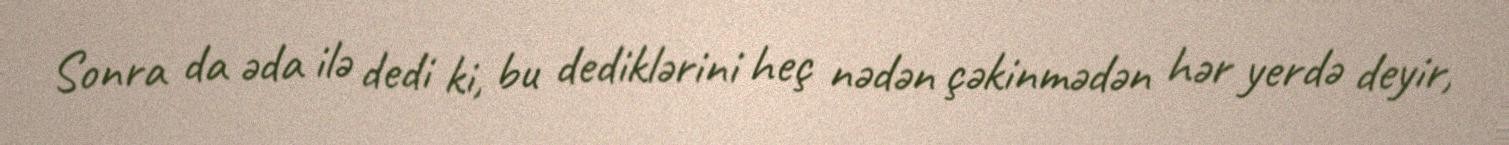
Sonra da əda ilə dedi ki, bu dediklərini heç nədən çəkinmədən hər yerdə deyir,